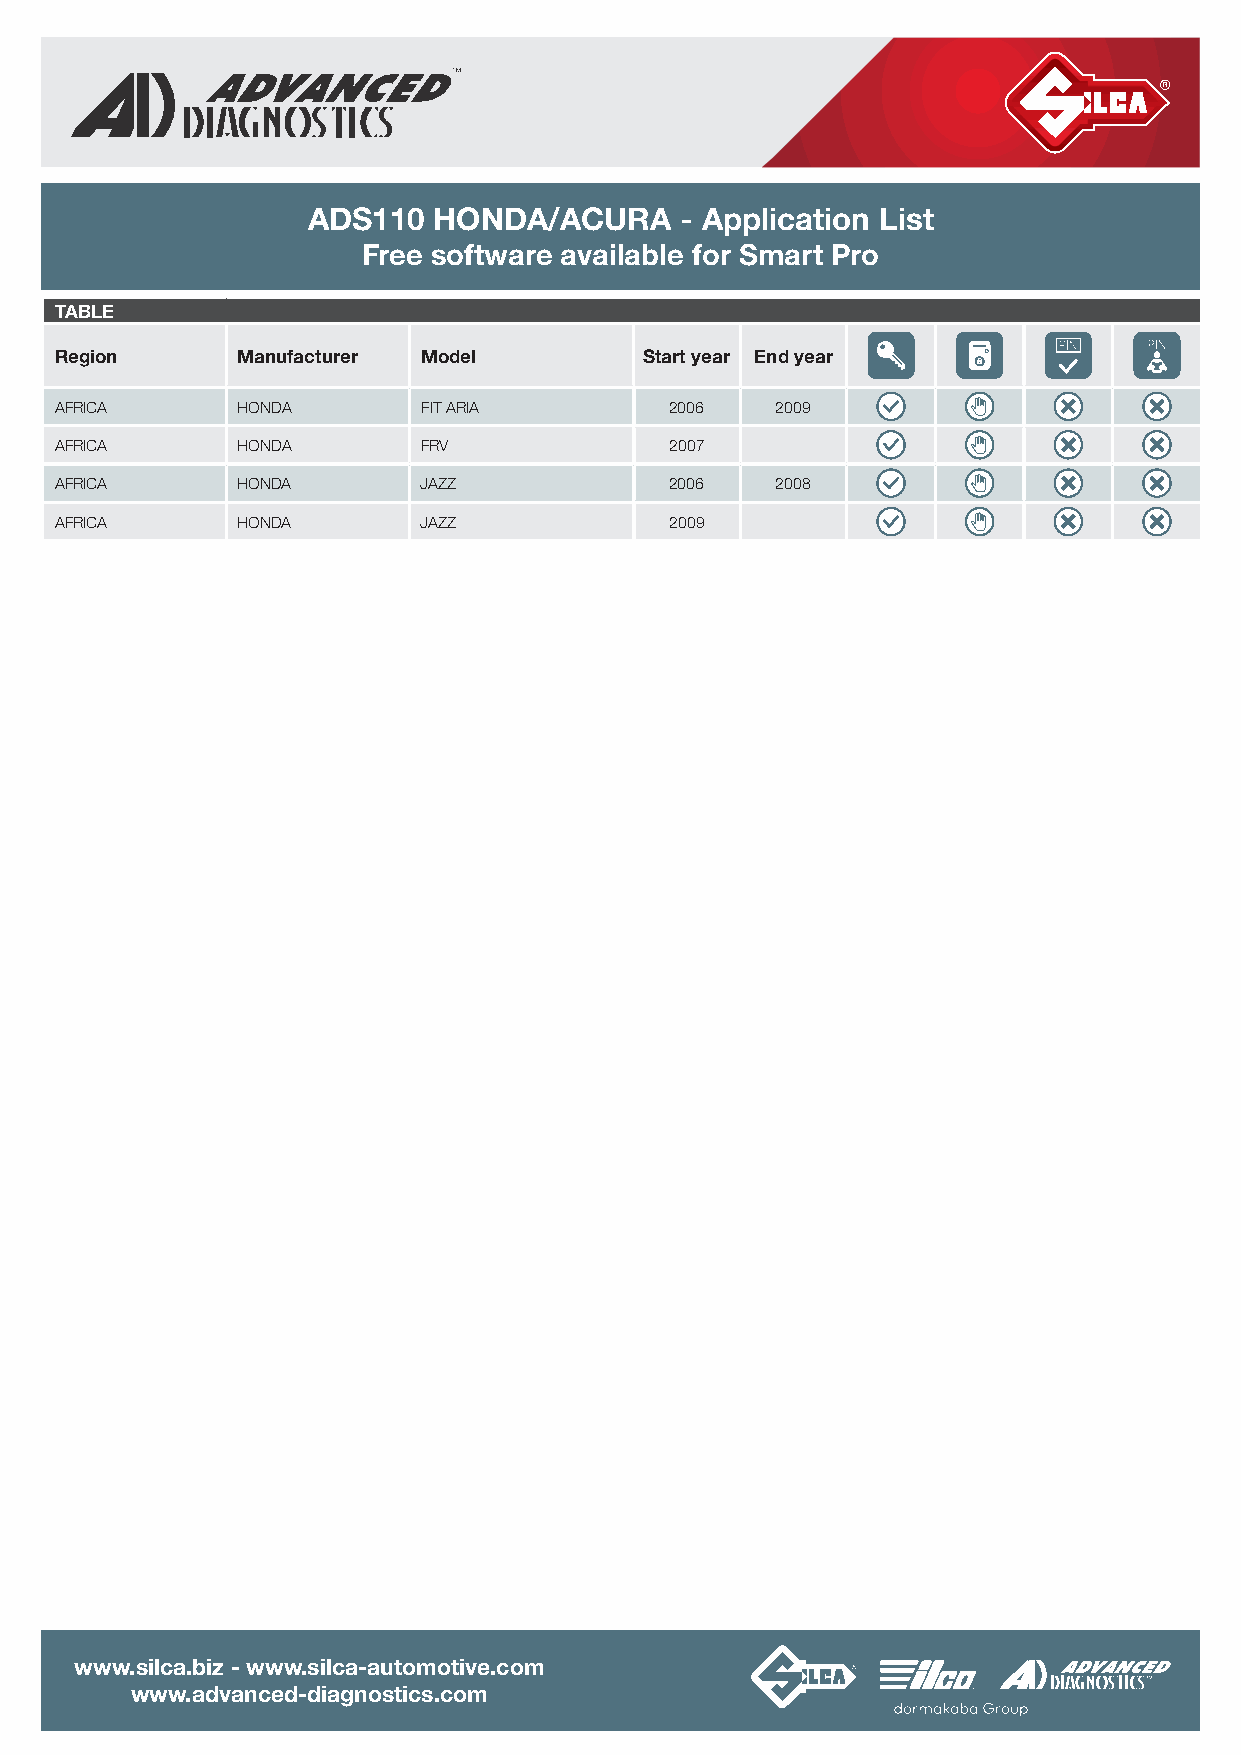
ADS110   HONDA/ACURA     - Application List
 Free software available for Smart Pro
 TABLE
 Region      Manufacturer Model         Start year End year
 AFRICA      HONDA       FIT ARIA        2006   2009
 AFRICA      HONDA       FRV             2007
 AFRICA      HONDA       JAZZ            2006   2008
 AFRICA      HONDA       JAZZ            2009
 www.silca.biz - www.silca-automotive.com
 www.advanced-diagnostics.com